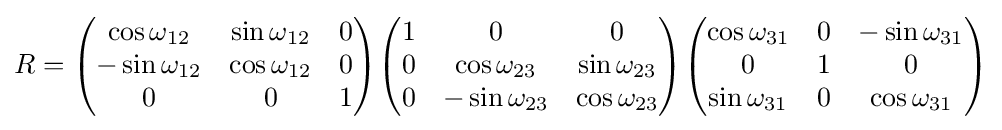
R={\begin{pmatrix}\cos \omega _{12}&\sin \omega _{12}&0\\-\sin \omega _{12}&\cos \omega _{12}&0\\0&0&1\end{pmatrix}}{\begin{pmatrix}1&0&0\\0&\cos \omega _{23}&\sin \omega _{23}\\0&-\sin \omega _{23}&\cos \omega _{23}\end{pmatrix}}{\begin{pmatrix}\cos \omega _{31}&0&-\sin \omega _{31}\\0&1&0\\\sin \omega _{31}&0&\cos \omega _{31}\end{pmatrix}}